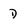
Character: D